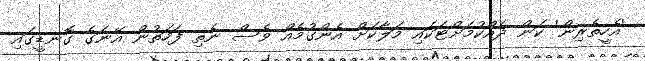
'އެހީތެރިން' ކަން ދެއްކުމަށްޓަކައި މަލާކަށް އެންގުމެއް ވެސް ނެތި ފަހަތުން އޭނަގެ ގޮނޑީގައި